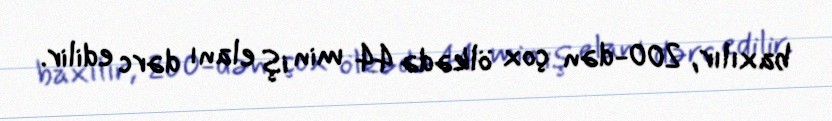
baxılır, 200-dən çox ölkədə 44 min iş elanı dərc edilir.